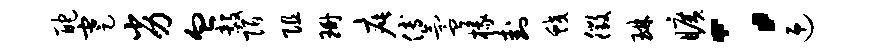
酡蹇劣血毅陌阻珊疵傅氲椽卦蛟徵琳旷：迎